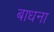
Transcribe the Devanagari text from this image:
बाधना